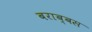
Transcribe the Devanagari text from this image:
बराब्बस